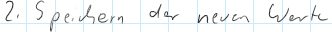
2. Speichern der neuen Werte